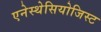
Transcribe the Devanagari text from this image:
एनेस्थेसियोजिस्ट